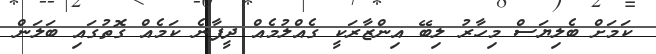
ކަމަށް ބެލިޔަސް މިހާރު ލިބޭ އިންޒާރަކީ ގެއްލުމެއް ދީފާނެ ކަމެއް ގޮތުގައި ބަލަން